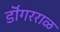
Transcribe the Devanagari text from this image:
डॊंगरराळ